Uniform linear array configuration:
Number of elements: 48
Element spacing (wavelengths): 1
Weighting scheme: exponential
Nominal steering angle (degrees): -15
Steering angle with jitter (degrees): -15.057
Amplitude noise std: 0.05
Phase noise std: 0.05

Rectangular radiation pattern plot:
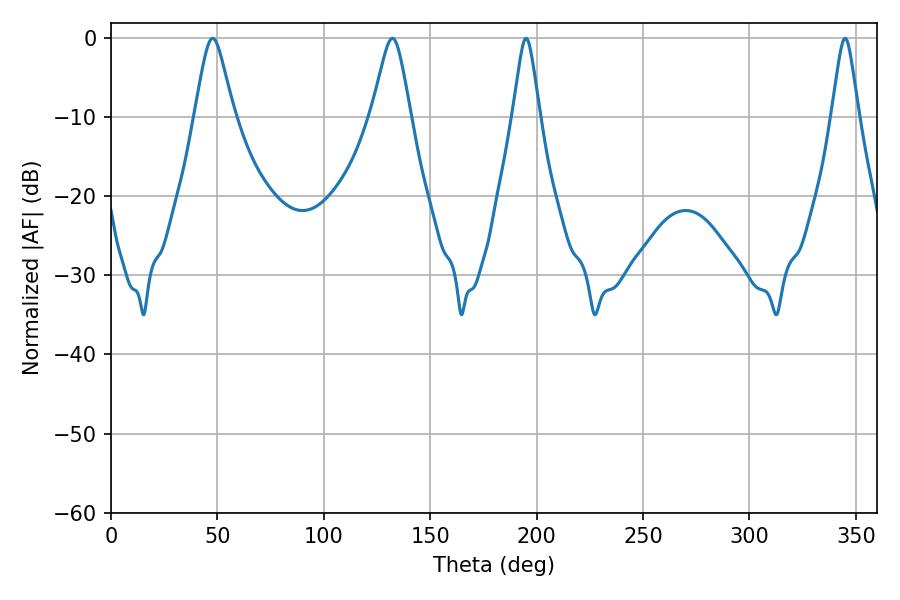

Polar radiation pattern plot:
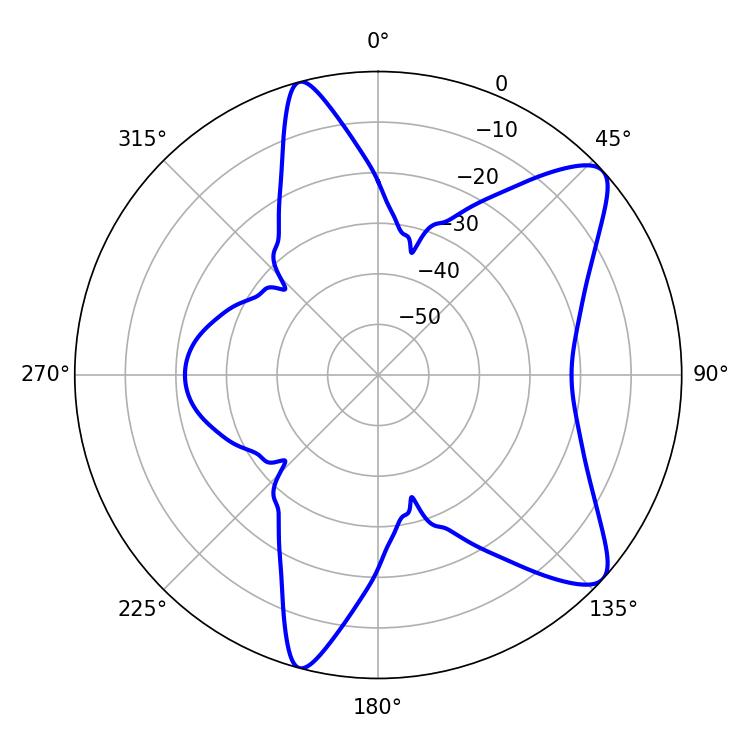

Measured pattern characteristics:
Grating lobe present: TRUE
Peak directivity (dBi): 9.652
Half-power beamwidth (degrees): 8.82
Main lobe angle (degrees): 47.7